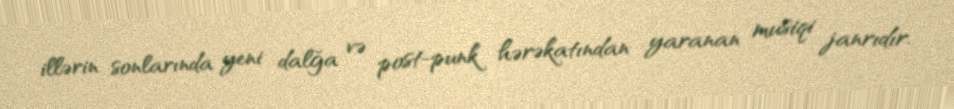
illərin sonlarında yeni dalğa və post-punk hərəkatından yaranan musiqi janrıdır.